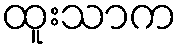
ထူးသာက